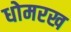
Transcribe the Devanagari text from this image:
धोमरख